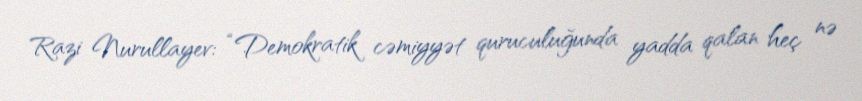
Razi Nurullayev: “Demokratik cəmiyyət quruculuğunda yadda qalan heç nə